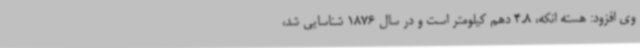
وی افزود: هسته انکه، 4.8 دهم کیلومتر است و در سال 1876 شناسایی شد،